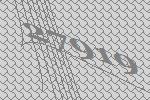
27919